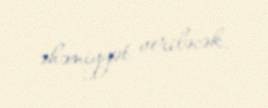
əhəmiyyət veriləcək.